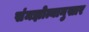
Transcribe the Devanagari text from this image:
संमझोत्यानुसार